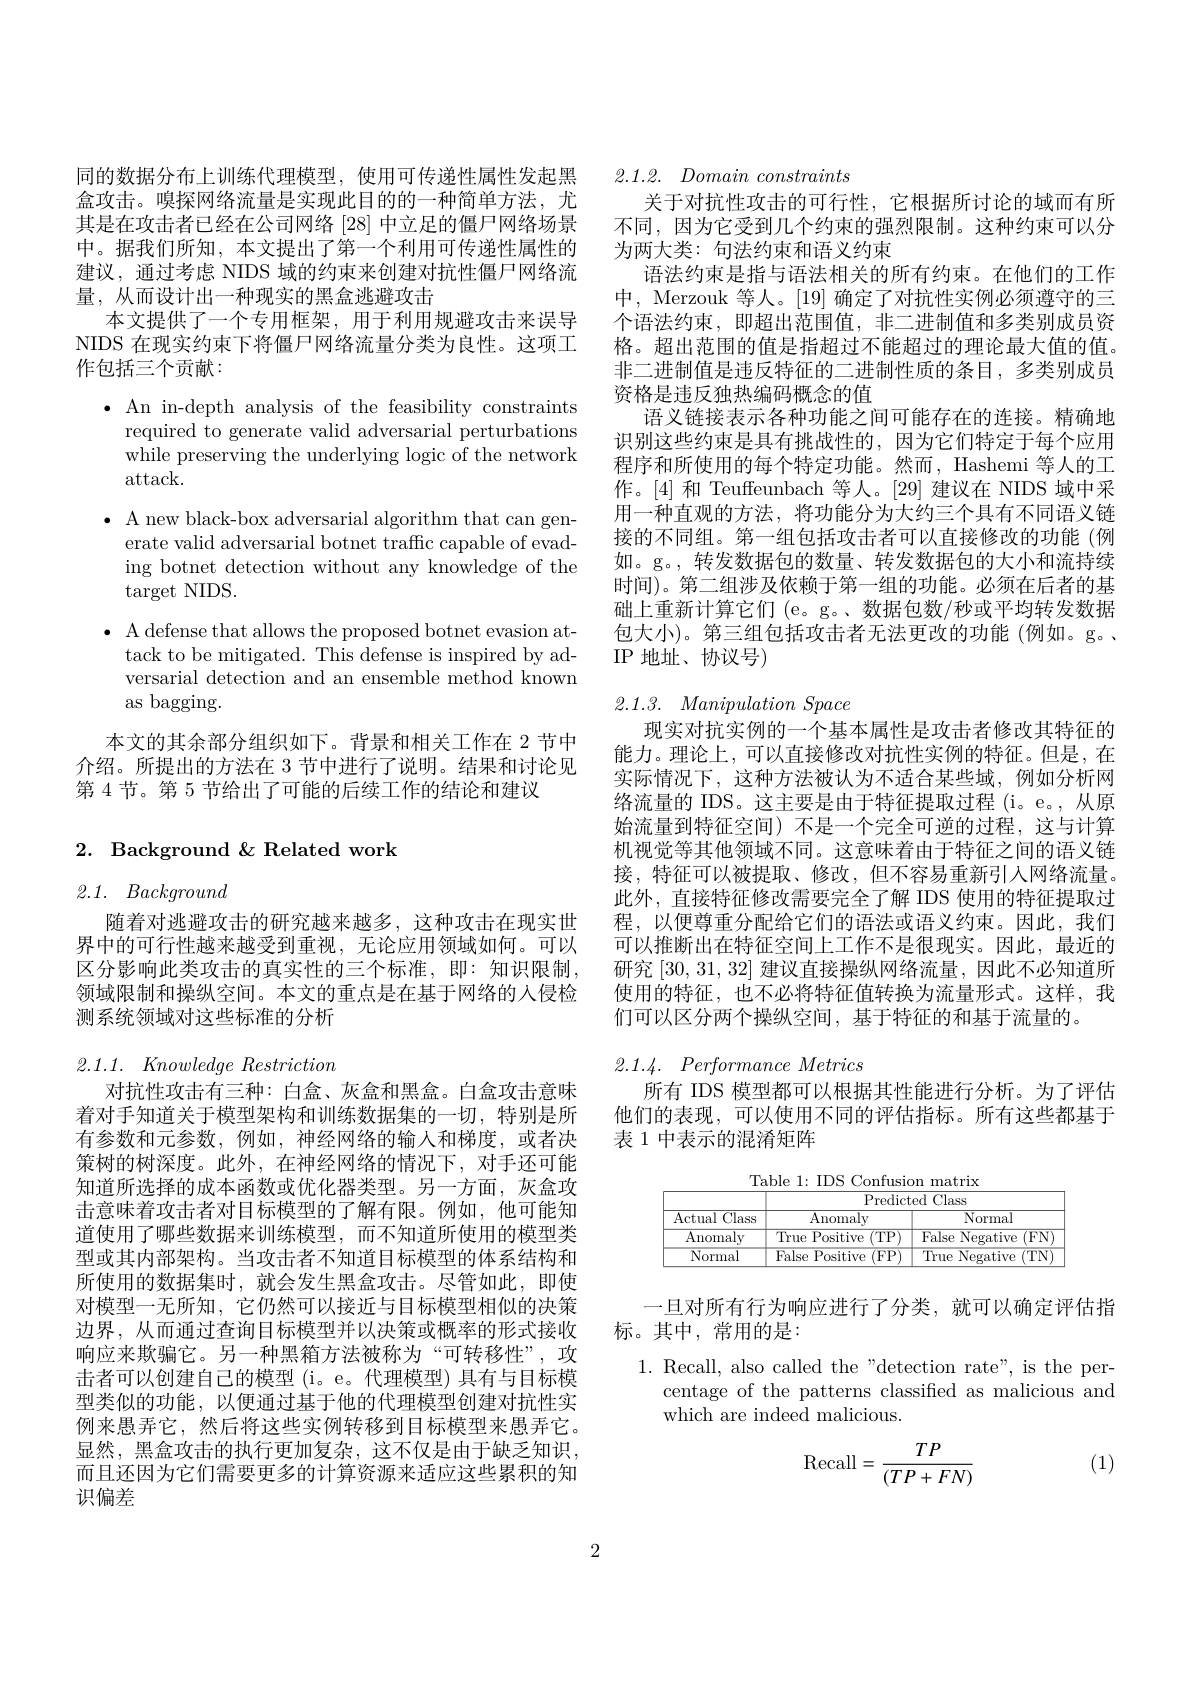
同的数据分布上训练代理模型，使用可传递性属性发起黑盒攻击。嗅探网络流量是实现此目的的一种简单方法，尤其是在攻击者已经在公司网络[28]中立足的僵尸网络场景中。据我们所知，本文提出了第一个利用可传递性属性的建议，通过考虑 NIDS 域的约束来创建对抗性僵尸网络流量，从而设计出一种现实的黑盒逃避攻击
本文提供了一个专用框架，用于利用规避攻击来误导NIDS 在现实约束下将僵尸网络流量分类为良性。这项工作包括三个贡献：

$\bullet$ An in-depth analysis of the feasibility constraints
required to generate valid adversarial perturbations while preserving the underlying logic of the network $attack.$

$\bullet$ A new black-box adversarial algorithm that can gen-
erate valid adversarial botnet traffc capable of evading botnet detection without any knowledge of the target NIDS.
$\bullet$ A defense that allows the proposed botnet evasion at-
tack to be mitigated. This defense is inspired by adversarial detection and an ensemble method known as bagging.

本文的其余部分组织如下。背景和相关工作在 2 节中介绍。所提出的方法在 3 节中进行了说明。结果和讨论见第 4 节。第 5 节给出了可能的后续工作的结论和建议

# 2. Background &Related work

# 2.1. Background

随着对逃避攻击的研究越来越多，这种攻击在现实世界中的可行性越来越受到重视，无论应用领域如何。可以区分影响此类攻击的真实性的三个标准，即：知识限制， 领域限制和操纵空间。本文的重点是在基于网络的人侵检测系统领域对这些标准的分析

$2. 1. 1. \textit{ Knowledge Restriction}$

对抗性攻击有三种：白盒、灰盒和黑盒。白盒攻击意味着对手知道关于模型架构和训练数据集的一切，特别是所有参数和元参数，例如，神经网络的输入和梯度，或者决策树的树深度。此外，在神经网络的情况下，对手还可能知道所选择的成本函数或优化器类型。另一方面，灰盒攻击意味着攻击者对目标模型的了解有限。例如，他可能知道使用了哪些数据来训练模型，而不知道所使用的模型类型或其内部架构。当攻击者不知道目标模型的体系结构和所使用的数据集时，就会发生黑盒攻击。尽管如此，即使对模型一无所知，它仍然可以接近与目标模型相似的决策边界，从而通过查询目标模型并以决策或概率的形式接收响应来欺骗它。另一种黑箱方法被称为“可转移性”,攻击者可以创建自己的模型 (i。e。代理模型) 具有与目标模型类似的功能，以便通过基于他的代理模型创建对抗性实例来愚弄它，然后将这些实例转移到目标模型来愚弄它。显然，黑盒攻击的执行更加复杂，这不仅是由于缺乏知识， 而且还因为它们需要更多的计算资源来适应这些累积的知识偏差

## 2.1.2. $Domain\textit{ constraints}$

关于对抗性攻击的可行性，它根据所讨论的域而有所不同，因为它受到几个约束的强烈限制。这种约束可以分为两大类：句法约束和语义约束
语法约束是指与语法相关的所有约束。在他们的工作中，Merzouk 等人。[19] 确定了对抗性实例必须遵守的三个语法约束，即超出范围值，非二进制值和多类别成员资格。超出范围的值是指超过不能超过的理论最大值的值。非二进制值是违反特征的二进制性质的条目，多类别成员资格是违反独热编码概念的值
语义链接表示各种功能之间可能存在的连接。精确地识别这些约束是具有挑战性的，因为它们特定于每个应用程序和所使用的每个特定功能。然而，Hashemi 等人的工作。[4] 和 Teuffeunbach 等人。[29] 建议在 NIDS 域中采用一种直观的方法，将功能分为大约三个具有不同语义链接的不同组。第一组包括攻击者可以直接修改的功能(例如。g。,转发数据包的数量、转发数据包的大小和流持续时间)。第二组涉及依赖于第一组的功能。必须在后者的基础上重新计算它们 (e。g。、数据包数/秒或平均转发数据包大小)。第三组包括攻击者无法更改的功能(例如。g。、 IP 地址、协议号)

# 2.1.3. Manipulation Space

现实对抗实例的一个基本属性是攻击者修改其特征的能力。理论上，可以直接修改对抗性实例的特征。但是，在实际情况下，这种方法被认为不适合某些域，例如分析网络流量的 IDS。这主要是由于特征提取过程 (i。e。,从原始流量到特征空间)不是一个完全可逆的过程，这与计算机视觉等其他领域不同。这意味着由于特征之间的语义链接，特征可以被提取、修改，但不容易重新引人网络流量。此外，直接特征修改需要完全了解 IDS 使用的特征提取过程，以便尊重分配给它们的语法或语义约束。因此，我们可以推断出在特征空间上工作不是很现实。因此，最近的研究[30,31,32]建议直接操纵网络流量，因此不必知道所使用的特征，也不必将特征值转换为流量形式。这样，我们可以区分两个操纵空间，基于特征的和基于流量的。

# 2.1.4. Performance Metrics

所有 IDS 模型都可以根据其性能进行分析。为了评估他们的表现，可以使用不同的评估指标。所有这些都基于表 1 中表示的混淆矩阵

Table 1: IDS Confusion matrix
<table>
	<tbody>
		<tr>
			<th rowspan="2">Actual Class</th>
			<th colspan="2">$\overline{\mathrm{Predicted~Class}}$</th>
		</tr>
		<tr>
			<th>$\overline{{\mathrm{Anomaly}}}$</th>
			<th>Normal</th>
		</tr>
		<tr>
			<td>$\overline{{\mathrm{Anomaly}}}$</td>
			<td>True Positive (TP</td>
			<td>False Negative (FN</td>
		</tr>
		<tr>
			<td>Normal</td>
			<td>False s Positive (FP)</td>
			<td>True Negative (TN)</td>
		</tr>
	</tbody>
</table>

一旦对所有行为响应进行了分类，就可以确定评估指
## 标。其中，常用的是：

1. Recall, also called the"detection rate", is the per-
centage of the patterns classified as malicious and
which are indeed malicious.
$$\mathrm{Recall}=\frac{TP}{(TP+FN)}$$
(1)

2